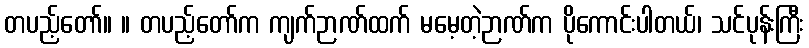
တပည့်တော်။ ။ တပည့်တော်က ကျက်ဉာဏ်ထက် မမေ့တဲ့ဉာဏ်က ပိုကောင်းပါတယ်၊ သင်ပုန်းကြီး